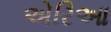
એરિઆ